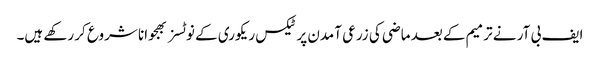
ایف بی آر نے ترمیم کے بعد ماضی کی زرعی آمدن پر ٹیکس ریکوری کے نوٹسز بھجوانا شروع کر رکھے ہیں۔